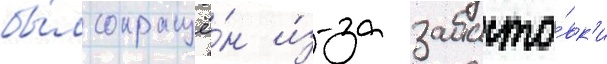
бы́л сокращё́н и́з-за забасто́вк'и